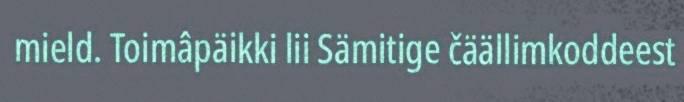
mield. Toimâpäikki lii Sämitige čäällimkoddeest